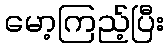
မော့ကြည့်ပြီး